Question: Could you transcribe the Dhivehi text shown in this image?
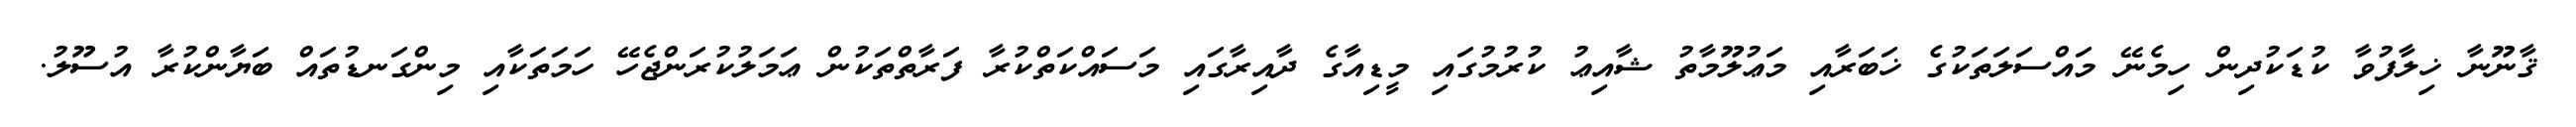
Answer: ޤާނޫނާ ޚިލާފުވާ ކުޑަކުދިން ހިމެނޭ މައްސަލަތަކުގެ ޚަބަރާއި މަޢުލޫމާތު ޝާއިޢު ކުރުމުގައި މީޑިއާގެ ދާއިރާގައި މަސައްކަތްކުރާ ފަރާތްތަކުން ޢަމަލުކުރަންޖެހޭ ހަމަތަކާއި މިންގަނޑުތައް ބަޔާންކުރާ އުސޫލު.